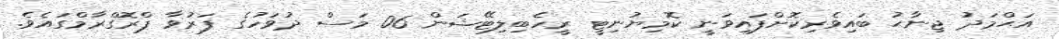
އަޙްމަދު ޖިނާޙު ބައިވެރިކޮށްފައިވަނީ ކޮމިޔުނިޓީ ރީހެބިލިޓޭޝަން 06 މަސް ދުވަހުގެ ފަރުވާ ޕްރޮގްރާމްގައެވެ.